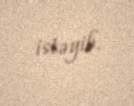
istəyib.